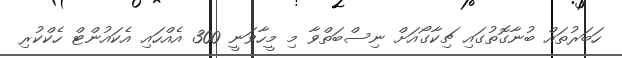
ހަބަރުތައް ބުނާގޮތުގައި ޗިކާގޯއަށް ނިސްބަތްވާ މި މީހާވަނީ 300 އެއްހައި އެކައުންޓް ހެކްކުރި